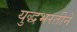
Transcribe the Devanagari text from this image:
युद्धभरतीने